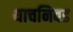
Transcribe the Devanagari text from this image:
याचनिवड